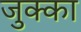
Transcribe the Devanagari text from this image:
जुक्का